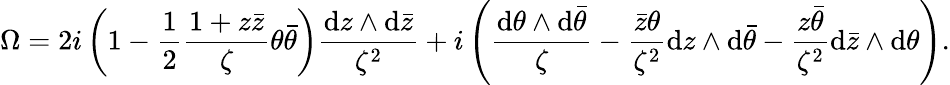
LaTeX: \Omega=2i\left(1-\frac{1}{2}\frac{1+z\bar{z}}{\zeta}\theta\bar{\theta}\right)\frac{\mathrm{d}z\wedge\mathrm{d}\bar{z}}{\zeta^{2}}+i\left(\frac{\mathrm{d}\theta\wedge\mathrm{d}\bar{\theta}}{\zeta}-\frac{\bar{z}\theta}{\zeta^{2}}\mathrm{d}z\wedge\mathrm{d}\bar{\theta}-\frac{z\bar{\theta}}{\zeta^{2}}\mathrm{d}\bar{z}\wedge\mathrm{d}\theta\right).